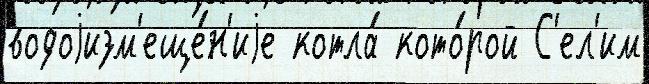
водоjизм'еще́н'иjе котла́ кото́рой С'ел'им